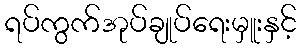
ရပ်ကွက်အုပ်ချုပ်ရေးမှူးနှင့်